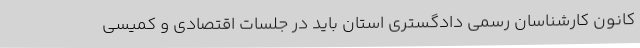
کانون کارشناسان رسمی دادگستری استان باید در جلسات اقتصادی و کمیسی